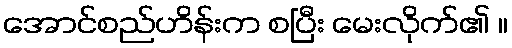
အောင်စည်ဟိန်းက စပြီး မေးလိုက်၏ ။